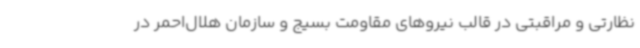
نظارتی و مراقبتی در قالب نیروهای مقاومت بسیج و سازمان هلال‌احمر در